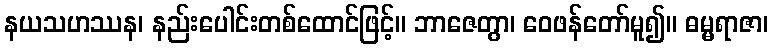
နယသဟဿန၊ နည်းပေါင်းတစ်ထောင်ဖြင့်။ ဘာဇေတွာ၊ ဝေဖန်တော်မူ၍။ ဓမ္မရာဇာ၊